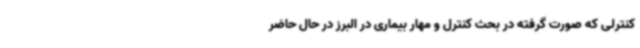
کنترلی که صورت گرفته در بحث کنترل و مهار بیماری در البرز در حال حاضر